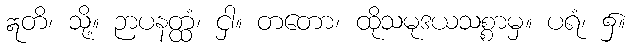
ဣတိ၊ သို့။ ဉာပနတ္ထံ၊ ငှါ။ တတော၊ ထိုသမုဒယသစ္စာမှ။ ပရံ၊ ၌။